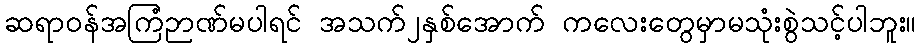
ဆရာဝန်အကြံဉာဏ်မပါရင် အသက်၂နှစ်အောက် ကလေးတွေမှာမသုံးစွဲသင့်ပါဘူး။